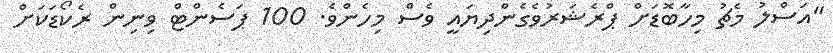
"އަސްލު މެޗު މިހާބޮޑަށް ޕްރެޝަރުވެގެންދިޔައީ ވެސް މިހެންވެ. 100 ޕަސެންޓް ވިނިން ރެކޯޑަކަށް